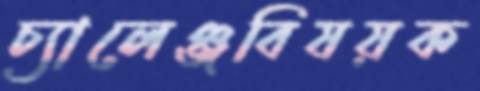
চ্যালেঞ্জবিষয়ক